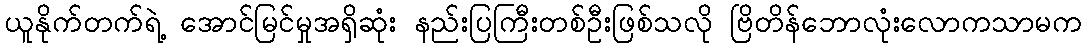
ယူနိုက်တက်ရဲ့ အောင်မြင်မှုအရှိဆုံး နည်းပြကြီးတစ်ဦးဖြစ်သလို ဗြိတိန်ဘောလုံးလောကသာမက